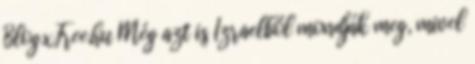
Blog.xFree.hu Még azt is Izraelből mondják meg, mivel